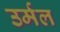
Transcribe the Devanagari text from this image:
उर्मल